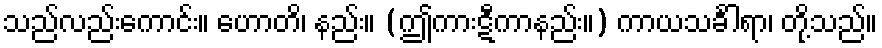
သည်လည်းကောင်း။ ဟောတိ၊ နည်း။ (ဤကားဋီကာနည်း။) ကာယသင်္ခါရာ၊ တို့သည်။